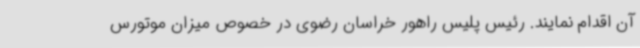
آن اقدام نمایند. رئیس پلیس راهور خراسان رضوی در خصوص میزان موتورس